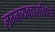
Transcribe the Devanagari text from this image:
लग्नव्यवहाराविषयी